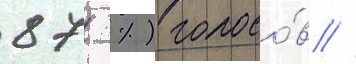
87 %) голосо́в //